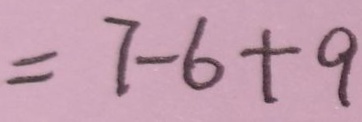
= 7 - 6 + 9